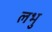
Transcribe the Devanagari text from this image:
लभु